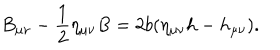
B _ { \mu \nu } - \frac 1 2 \eta _ { \mu \nu } B = 2 b ( \eta _ { \mu \nu } h - h _ { \mu \nu } ) .